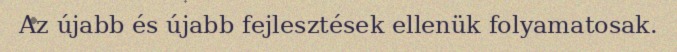
Az újabb és újabb fejlesztések ellenük folyamatosak.